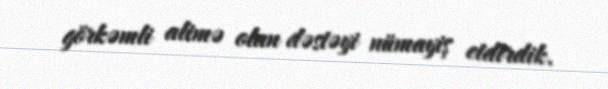
görkəmli alimə olan dəstəyi nümayiş etdirdik.